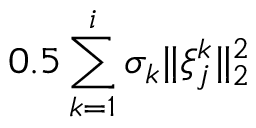
0 . 5 \sum _ { k = 1 } ^ { i } \sigma _ { k } \| \xi _ { j } ^ { k } \| _ { 2 } ^ { 2 }